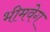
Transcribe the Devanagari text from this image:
भीमवेग